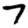
Digit: 7